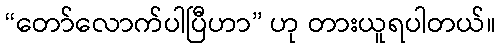
“တော်လောက်ပါပြီဟာ” ဟု တားယူရပါတယ်။